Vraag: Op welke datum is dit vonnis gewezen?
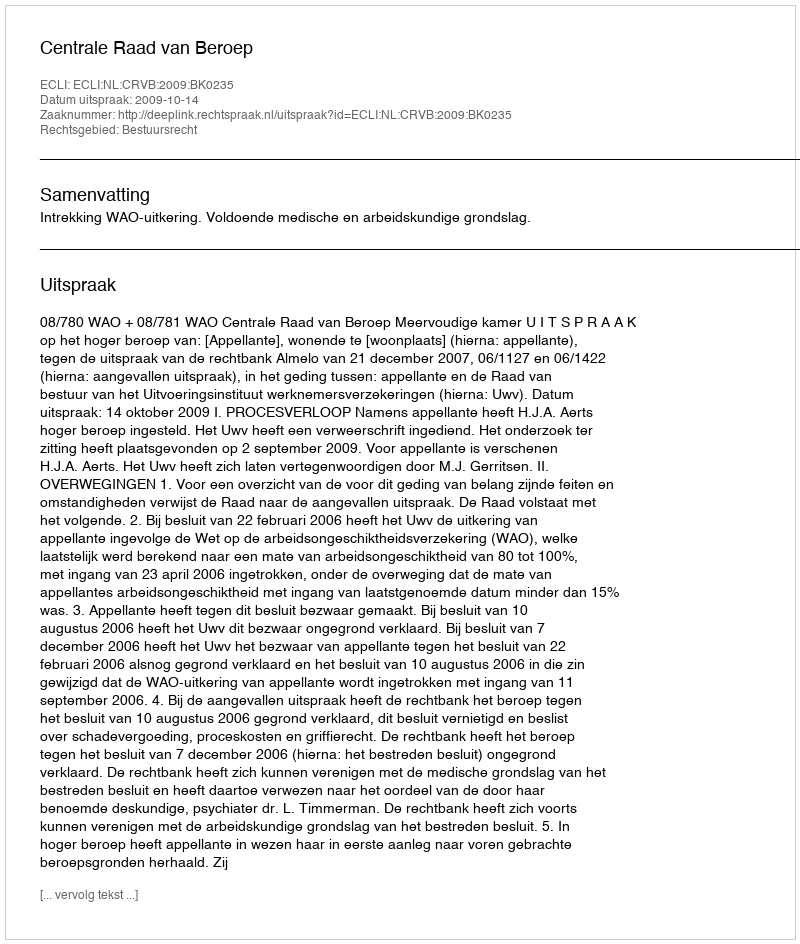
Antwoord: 2009-10-14